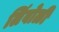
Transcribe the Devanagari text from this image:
लिंबोळी